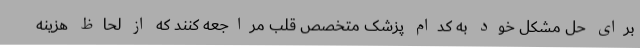
برای حل مشکل خود به کدام پزشک متخصص قلب مراجعه کنند که از لحاظ هزینه